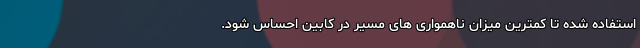
استفاده شده تا کمترین میزان ناهمواری های مسیر در کابین احساس شود.